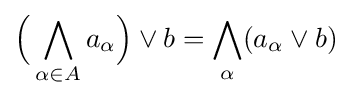
{\Big (}\bigwedge _{\alpha \in A}a_{\alpha }{\Big )}\lor b=\bigwedge _{\alpha }(a_{\alpha }\lor b)